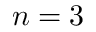
n = 3